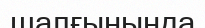
шалғынында